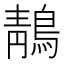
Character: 鶄